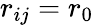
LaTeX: r_{ij}=r_{0}